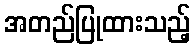
အတည်ပြုထားသည့်